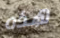
هذه